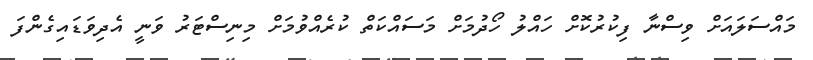
މައްސަލައަށް ވިސްނާ ފިކުރުކޮށް ހައްލު ހޯދުމަށް މަަސައްކަތް ކުރެއްވުމަށް މިނިސްޓަރު ވަނީ އެދިވަޑައިގެންފަ